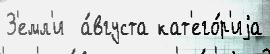
З'емл'и  а́вгуста кат'его́р'иjа